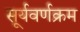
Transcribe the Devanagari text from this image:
सूर्यवर्णक्रम